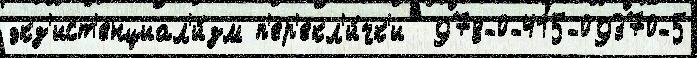
экз'ист'енциал'и́зм п'ер'екл'и́чк'и  978-0-415-09370-5